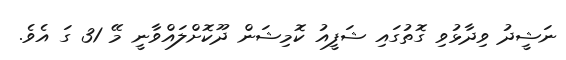
ނަޝީދު ވިދާޅުވި ގޮތުގައި ޝަފީއު ކޮމިޝަން ދޫކޮށްލައްވާނީ މޭ 31 ގަ އެވެ.